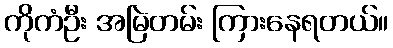
ကိုကံဦး အမြဲတမ်း ကြားနေရတယ်။